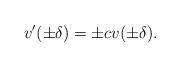
LaTeX: \begin{align*} v'(\pm\delta)=\pm c v(\pm\delta).\end{align*}